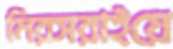
মিরসরাইয়ে